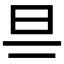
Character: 𣄾